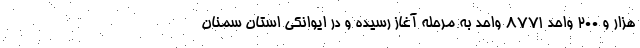
هزار و ۲۰۰ واحد ۸۷۷۱ واحد به مرحله آغاز رسیده و در ایوانکی استان سمنان